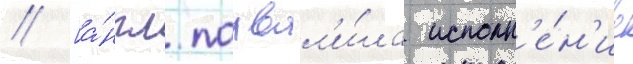
// [а́нгл. похвал'и́ла исполн'е́н'ие